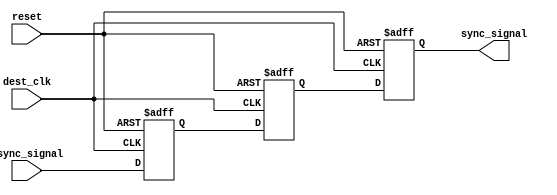
module dual_ff_synchronizer (
    input wire async_signal,   // Asynchronous input signal
    input wire dest_clk,       // Destination clock
    input wire reset,          // Reset signal (optional)
    output reg sync_signal      // Synchronized output signal
);

// Internal flip-flop registers
reg ff1, ff2;

// Synchronous process
always @(posedge dest_clk or posedge reset) begin
    if (reset) begin
        // Initialize flip-flops to known state on reset
        ff1 <= 1'b0;
        ff2 <= 1'b0;
        sync_signal <= 1'b0;
    end else begin
        // First flip-flop samples the asynchronous signal
        ff1 <= async_signal;
        // Second flip-flop samples the output of the first flip-flop
        ff2 <= ff1;
        // Synchronized output is the output of the second flip-flop
        sync_signal <= ff2;
    end
end

endmodule